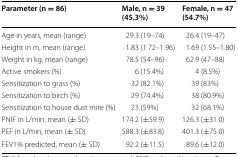
<table><thead><tr><td><b>Parameter (n = 86)</b></td><td><b>Male, n = 39 (45.3%)</b></td><td><b>Female, n = 47 (54.7%)</b></td></tr></thead><tbody><tr><td>Age in years, mean (range)</td><td>29.3 (19–74)</td><td>26.4 (19–47)</td></tr><tr><td>Height in m, mean (range)</td><td>1.83 (1.72–1.96)</td><td>1.69 (1.55–1.80)</td></tr><tr><td>Weight in kg, mean (range)</td><td>78.5 (54–96)</td><td>62.9 (47–88)</td></tr><tr><td>Active smokers (%)</td><td>6 (15.4%)</td><td>4 (8.5%)</td></tr><tr><td>Sensitization to grass (%)</td><td>32 (82.1%)</td><td>39 (83%)</td></tr><tr><td>Sensitization to birch (%)</td><td>29 (74.4%)</td><td>38 (80.9%)</td></tr><tr><td>Sensitization to house dust mite (%)</td><td>23 (59%)</td><td>32 (68.1%)</td></tr><tr><td>PNIF in L/min, mean (± SD)</td><td>174.2 (±59.9)</td><td>126.3 (±31.0)</td></tr><tr><td>PEF in L/min, mean (± SD)</td><td>588.3 (±83.8)</td><td>401.3 (±75.0)</td></tr><tr><td>FEV1% predicted, mean (± SD)</td><td>92.2 (±11.5)</td><td>89.6 (±12.0)</td></tr></tbody></table>